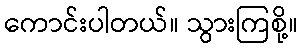
ကောင်းပါတယ်။ သွားကြစို့။